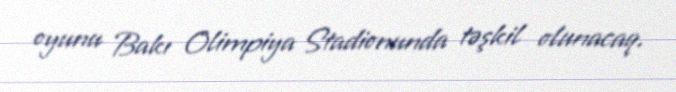
oyunu Bakı Olimpiya Stadionunda təşkil olunacaq.